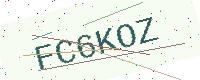
Text: FC6KOZ